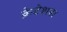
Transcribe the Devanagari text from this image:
क्रेटेशस